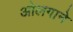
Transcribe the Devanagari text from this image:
ओलगाने